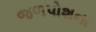
જળપોશના